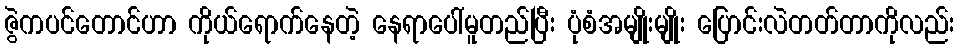
ဇွဲကပင်တောင်ဟာ ကိုယ်ရောက်နေတဲ့ နေရာပေါ်မူတည်ပြီး ပုံစံအမျိုးမျိုး ပြောင်းလဲတတ်တာကိုလည်း